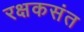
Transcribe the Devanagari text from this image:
रक्षकसंत